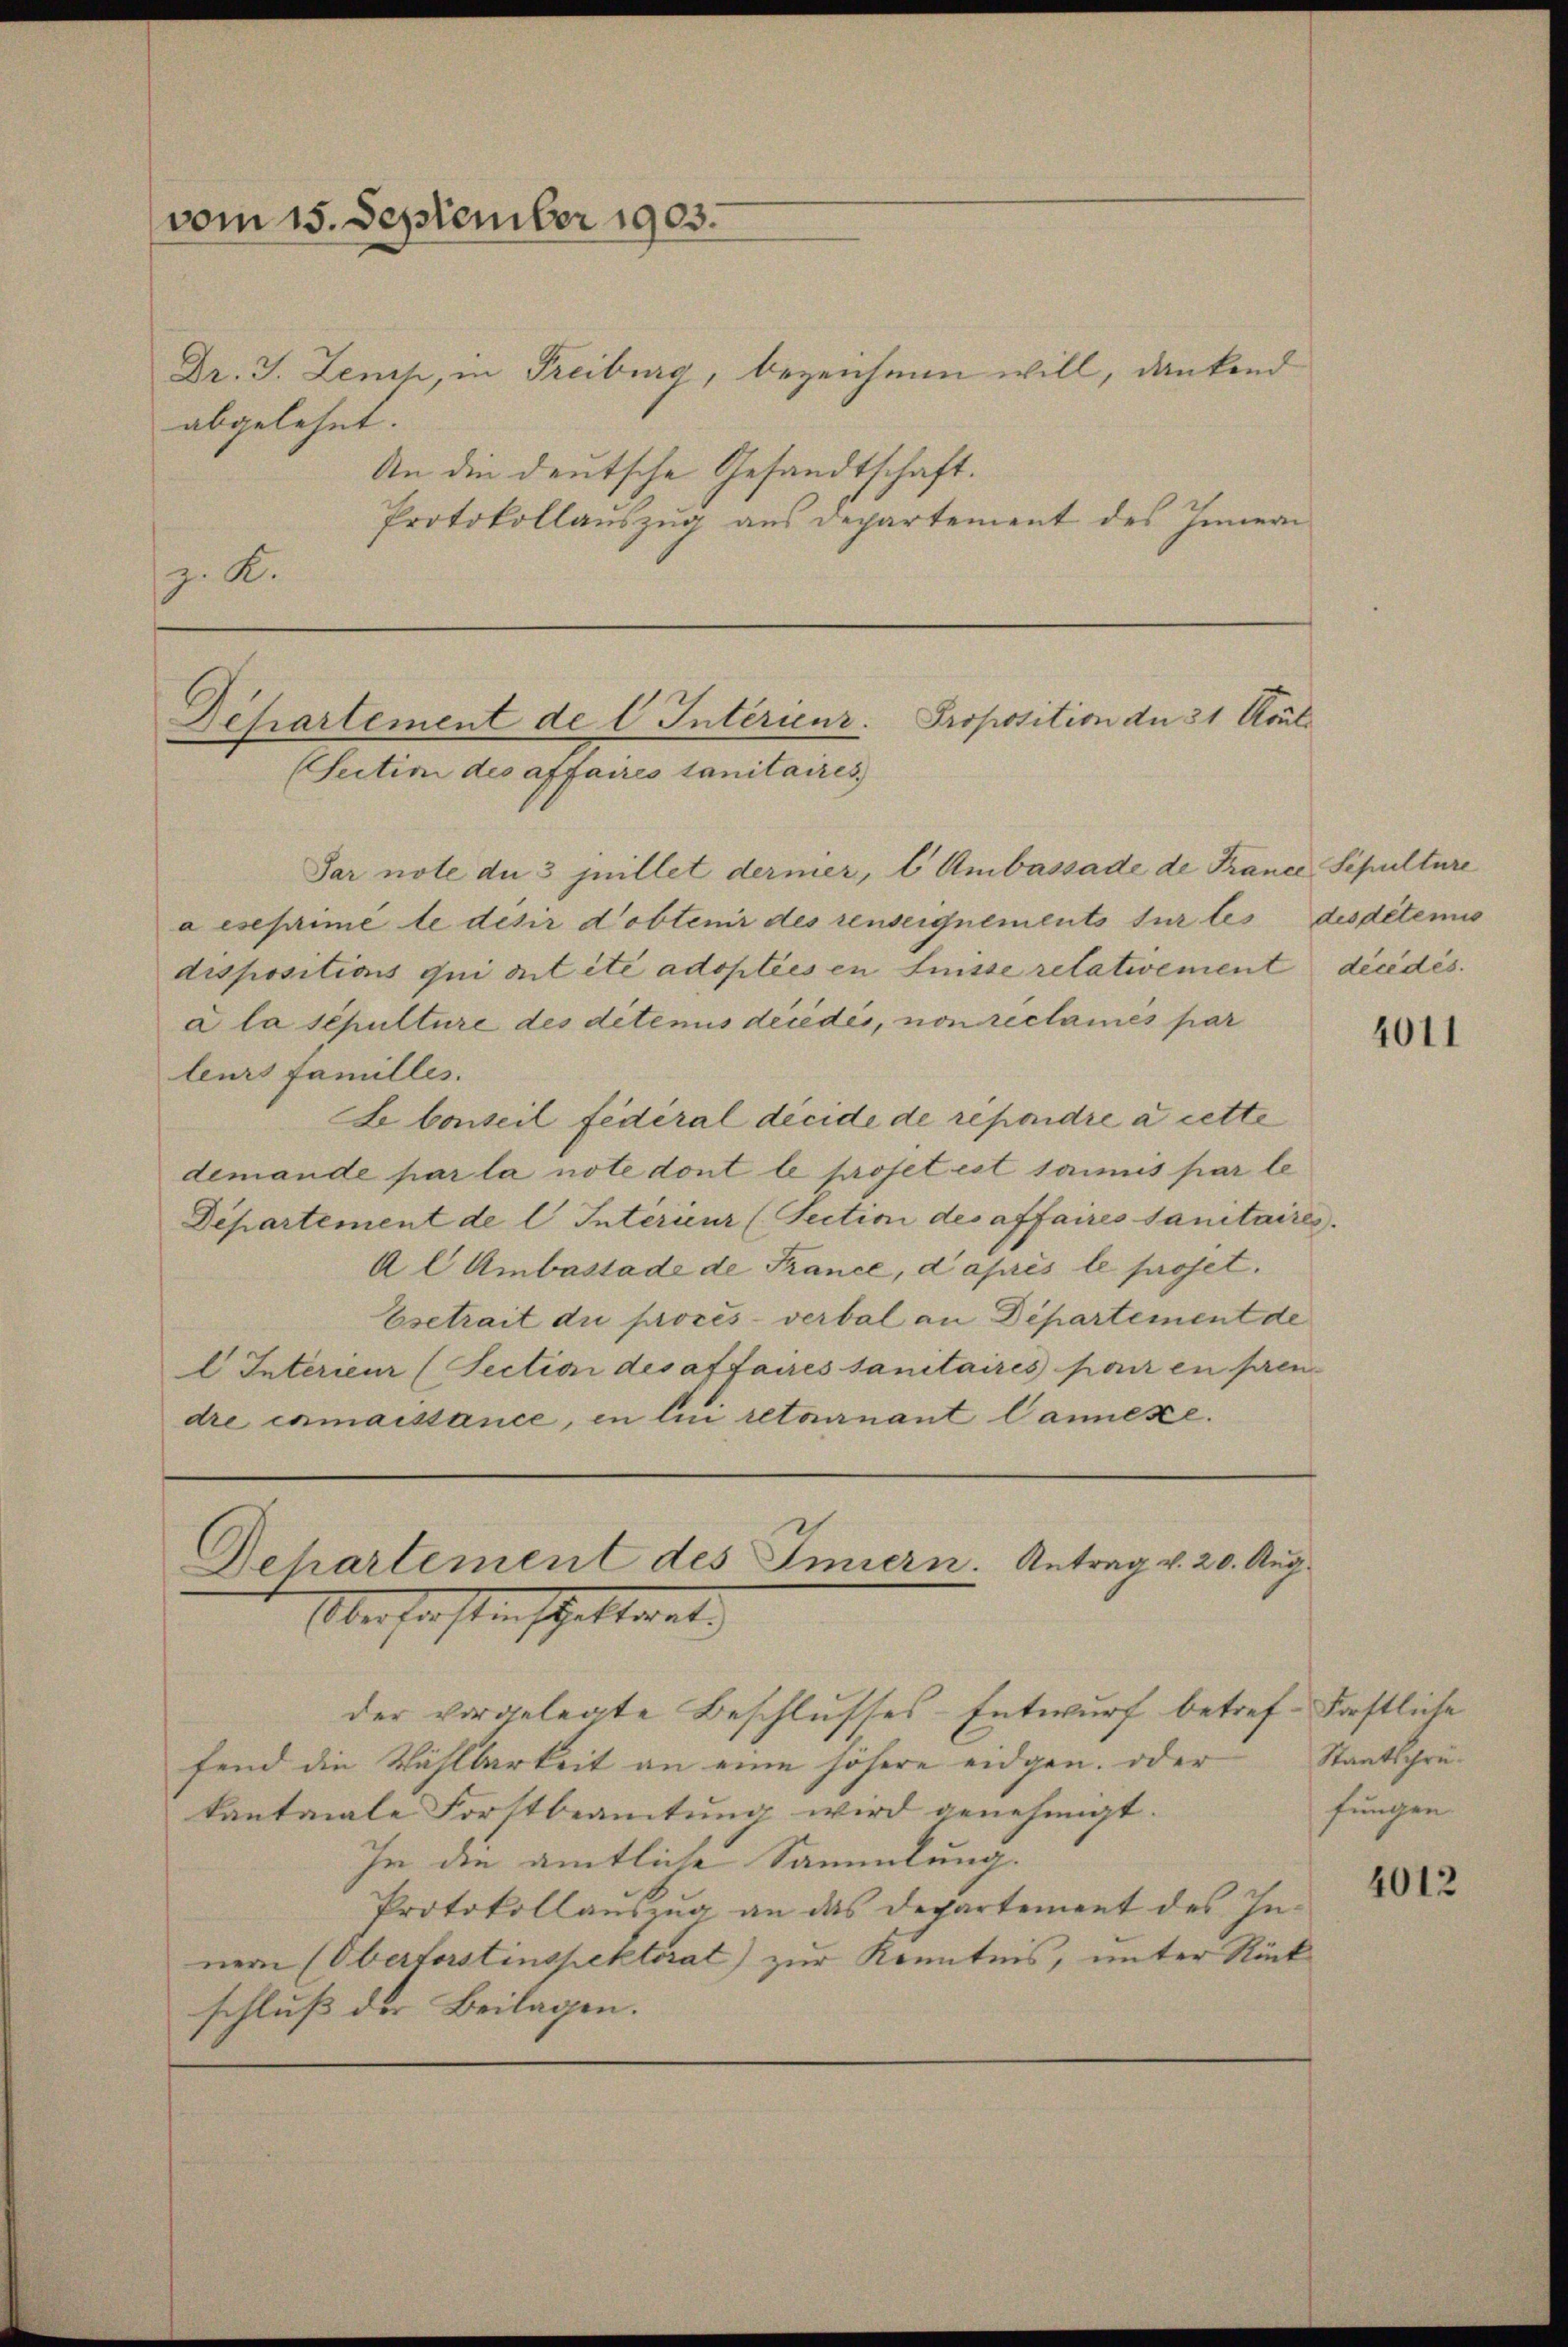
vom 15. September 1903.

Dr. J. Lench, in Freiburg, bezeichnen will, dankend
abgelehnt.
An die deutsche Gesandtschaft.
Protokollauszug aus Departement des Innern
z. K.

Proposition der 31 Koul
Desartement de l Intérieur.
Section des affaires sanitaires,

Par note du 3 juillet dernier, l Ambassade de France Schulture
a eseprimé le desir Dobtenir des renseignements sur les des détemis
dispositions qui ont été adopties in Luisse retativement décédés.
a la sepulture des ditens décédés, non réclamés par
leurs familles.
Lbonseil fédéral décide de répondre à cette
demande par la note dont le proset est sanis par le
Departement de l Interieur (Section des affaires Sanitaires.
Al Ambastade de France, d’après le proset.
Esetrait die procès-verbal an Departement de
l Interieur (Section des affaires sanitaires par en pren
dre exmaissance, in lui retournant Cannexe.
Departement des Innern. Antrag v. 20. Aug.
Überstrasten schattet,
der vorgelegte Beschlusses-Entwurf betref-Forstliche
fend die Wählbarkeit an eine höhere eidgen. oder
kantonale Forstbeamtung wird genehmigt.
In die amtliche Sammlung.
Protokollauszug an das Departement des Inner (Oberforstinspektorat) zur Kenntnis, unter Rück
schluß der Beilagen.

4011

Staatschrüfungen

4012